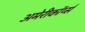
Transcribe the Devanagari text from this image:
अमेरीकॉर्प्स